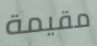
مقيمة